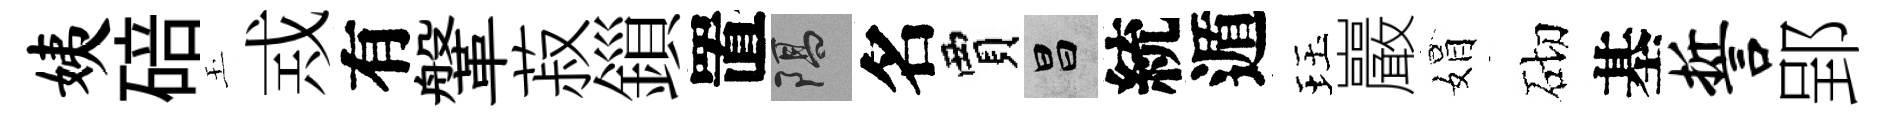
姨碚玉𢦶有鞶菽鎻置隔名賈昌統遁珏巖娟砌基誓郢